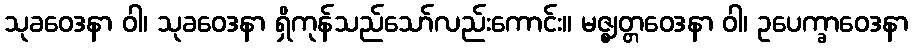
သုခဝေဒနာ ဝါ၊ သုခဝေဒနာ ရှိကုန်သည်သော်လည်းကောင်း။ မဇ္ဈတ္တဝေဒနာ ဝါ၊ ဥပေက္ခာဝေဒနာ